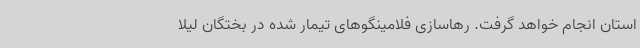
استان انجام خواهد گرفت. رهاسازی فلامینگوهای تیمار شده در بختگان لیلا